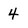
Character: 4